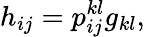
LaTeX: h_{ij}=p_{ij}^{kl}g_{kl},